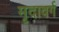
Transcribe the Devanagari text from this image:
मृदावर्ग